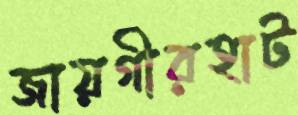
জায়গীরহাট